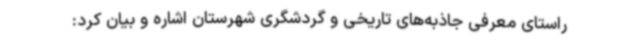
راستای معرفی جاذبه‌های تاریخی و گردشگری شهرستان اشاره و بیان کرد: